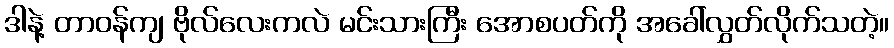
ဒါနဲ့ တာဝန်ကျ ဗိုလ်လေးကလဲ မင်းသားကြီး အောစပတ်ကို အခေါ်လွှတ်လိုက်သတဲ့။